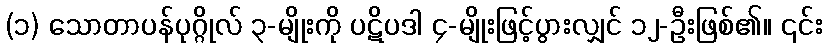
(၁) သောတာပန်ပုဂ္ဂိုလ် ၃-မျိုးကို ပဋိပဒါ ၄-မျိုးဖြင့်ပွားလျှင် ၁၂-ဦးဖြစ်၏။ ၎င်း